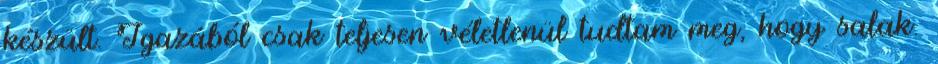
készült. Igazából csak teljesen véletlenül tudtam meg, hogy salak.